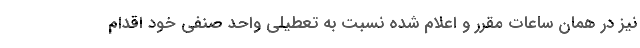
نیز در همان ساعات مقرر و اعلام شده نسبت به تعطیلی واحد صنفی خود اقدام